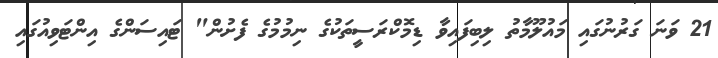
21 ވަނަ ގަރުނުގައި މައުލޫމާތު ލިބިފައިވާ ޑިމޮކްރަސީތަކުގެ ނިމުމުގެ ފެށުން" ޓައިސަންގެ އިންޓަވިއުގައި